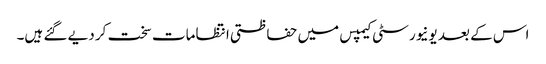
اس کے بعد یونیورسٹی کیمپس میں حفاظتی انتظامات سخت کر دیے گئے ہیں۔